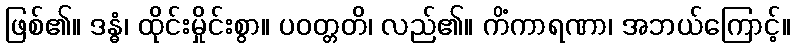
ဖြစ်၏။ ဒန္ဓံ၊ ထိုင်းမှိုင်းစွာ။ ပဝတ္တတိ၊ လည်၏။ ကိံကာရဏာ၊ အဘယ်ကြောင့်။